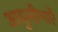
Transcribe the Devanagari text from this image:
आयुसीमाएँ